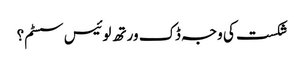
شکست کی وجہ ڈک ورتھ لوئیس سسٹم؟